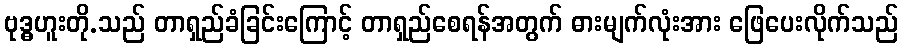
ဗုဒ္ဓဟူးတို.သည် တာရှည်ခံခြင်းကြောင့် တာရှည်စေရန်အတွက် ဓားမျက်လုံးအား ဖြေပေးလိုက်သည်